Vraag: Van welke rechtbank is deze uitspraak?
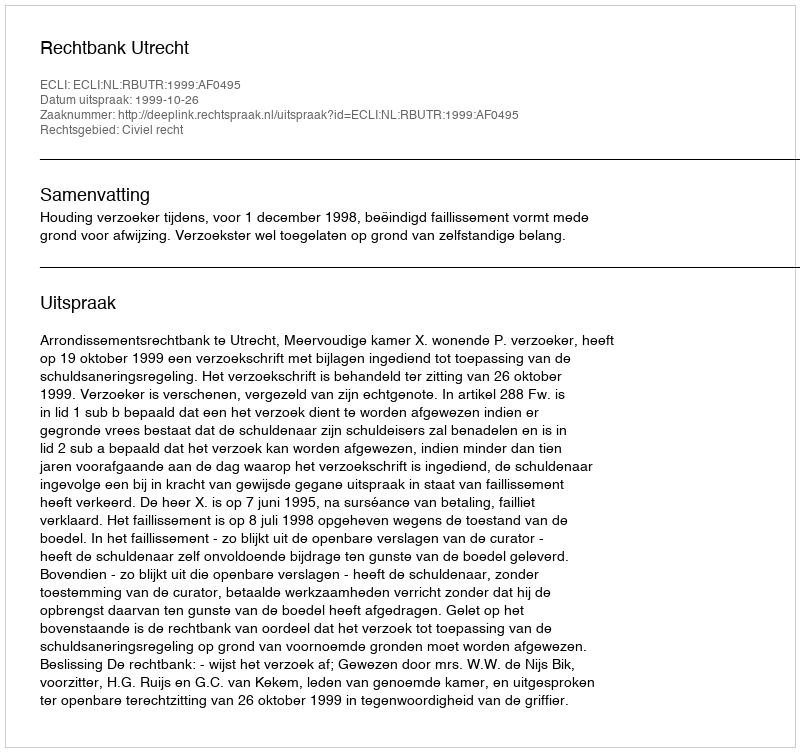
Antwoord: Rechtbank Utrecht